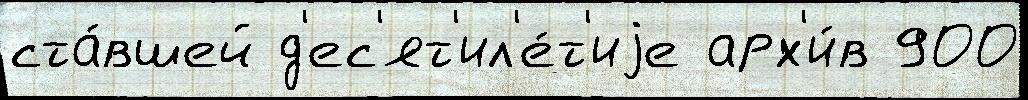
ста́вшей д'ес'ят'ил'е́т'иjе арх'и́в 900